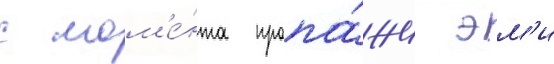
с мом'е́нта пропа́жи эм'и